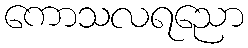
ကောသလရညော